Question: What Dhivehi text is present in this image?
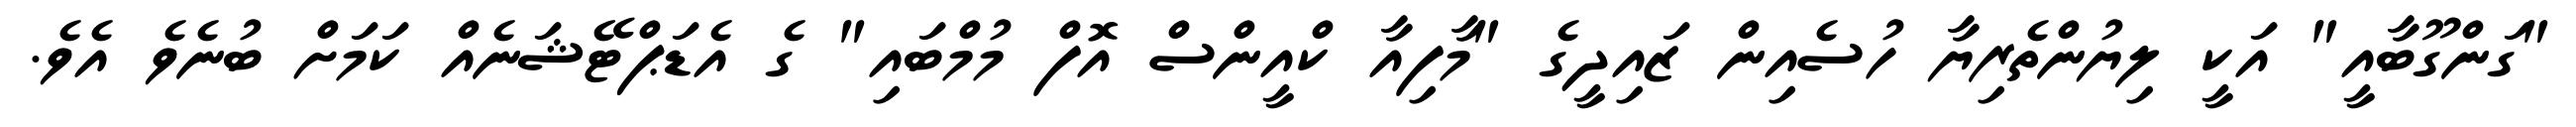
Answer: "ގަންގޫބާއީ" އަކީ ލިޔުންތެރިޔާ ހުސެއިން ޒައިދީގެ "މާފިއާ ކްއީންސް އޮފް މުމްބައި" ގެ އެޑަޕްޓޭޝަނެއް ކަމަށް ބުނެވެ އެވެ.